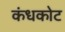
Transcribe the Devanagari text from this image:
कंधकोट